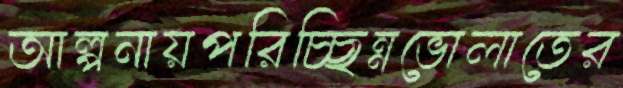
আল্পনায়পরিচ্ছিন্নভোলাতের